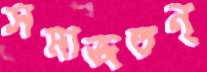
সমাজতন্